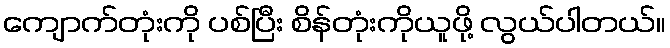
ကျောက်တုံးကို ပစ်ပြီး စိန်တုံးကိုယူဖို့ လွယ်ပါတယ်။